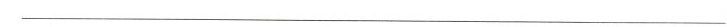
___